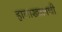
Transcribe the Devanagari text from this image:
हाताखालची